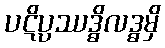
ပဋိပ္ပဿဒ္ဓိလဒ္ဓမှိ